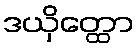
ဒယှိတ္ထော